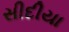
સીદીયા